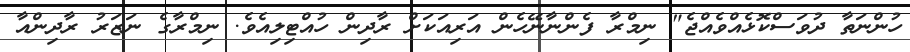
ހުންނަތާ ދުވަސްކޮޅެއްވެއްޖެ" ނިމްރާ ފެންނާނޭހެން އަރިއަކަށް ރާދިން ހުއްޓިލިއެވެ. ނިމްރާގެ ނަޒަރު ރާދިންއާ